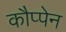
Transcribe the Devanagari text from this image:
कौप्पेन